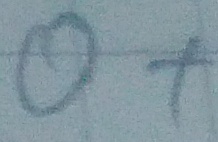
Text: O+